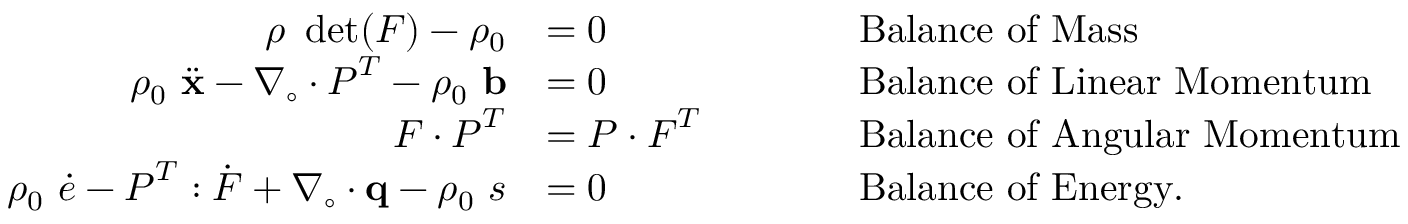
{ \begin{array} { r l r l } { \rho ~ \operatorname* { d e t } ( { \boldsymbol { F } } ) - \rho _ { 0 } } & { = 0 } & & { \qquad { \mathrm { B a l a n c e ~ o f ~ M a s s } } } \\ { \rho _ { 0 } ~ { \ddot { \mathbf { x } } } - { \boldsymbol { \nabla } } _ { \circ } \cdot { \boldsymbol { P } } ^ { T } - \rho _ { 0 } ~ \mathbf { b } } & { = 0 } & & { \qquad { \mathrm { B a l a n c e ~ o f ~ L i n e a r ~ M o m e n t u m } } } \\ { { \boldsymbol { F } } \cdot { \boldsymbol { P } } ^ { T } } & { = { \boldsymbol { P } } \cdot { \boldsymbol { F } } ^ { T } } & & { \qquad { \mathrm { B a l a n c e ~ o f ~ A n g u l a r ~ M o m e n t u m } } } \\ { \rho _ { 0 } ~ { \dot { e } } - { \boldsymbol { P } } ^ { T } : { \dot { \boldsymbol { F } } } + { \boldsymbol { \nabla } } _ { \circ } \cdot \mathbf { q } - \rho _ { 0 } ~ s } & { = 0 } & & { \qquad { \mathrm { B a l a n c e ~ o f ~ E n e r g y . } } } \end{array} }